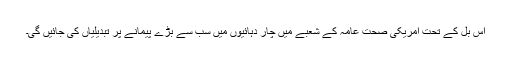
اس بل کے تحت امریکی صحت عامہ کے شعبے میں چار دہائیوں میں سب سے بڑے پیمانے پر تبدیلیاں کی جائیں گی۔